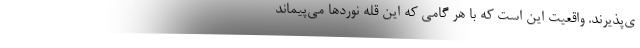
ی‌پذیرند. واقعیت این است که با هر گامی که این قله نوردها می‌پیماند